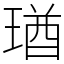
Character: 㻥